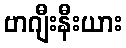
ဗာဂျီးနီးယား